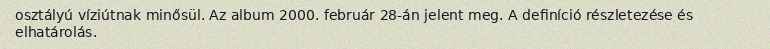
osztályú víziútnak minősül. Az album 2000. február 28-án jelent meg. A definíció részletezése és elhatárolás.